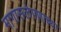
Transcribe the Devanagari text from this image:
मागासलेपणाच्या